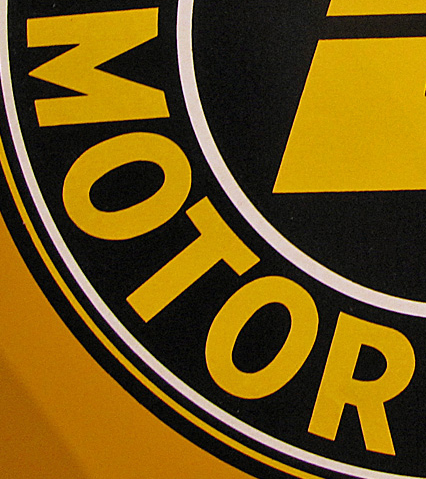
MOTOR